Lunatic asylums Central Provinces reports 1874-1885 - 1874-1885
Year: 1874
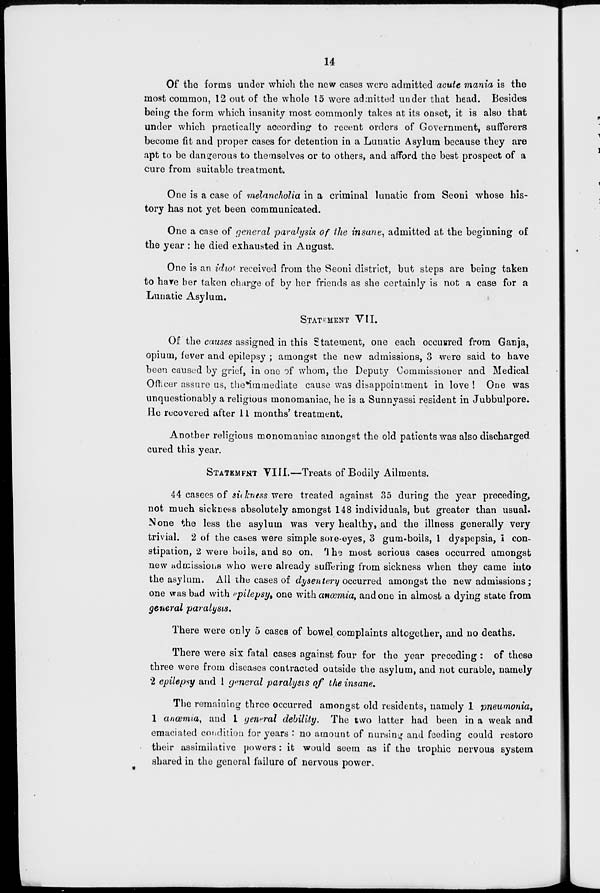
14
Of the forms under which the new cases were admitted acute mania is the
most common, 12 out of the whole 15 were admitted under that head. Besides
being the form which insanity most commonly takes at its onset, it is also that
under which practically according to recent orders of Government, sufferers
become fit and proper cases for detention in a Lunatic Asylum because they are
apt to be dangerous to themselves or to others, and afford the best prospect of a
cure from suitable treatment.
One is a case of melancholia in a criminal lunatic from Seoni whose his-
tory has not yet been communicated.
One a case of general paralysis of the insane, admitted at the beginning of
the year : he died exhausted in August.
One is an idiot received from the Seoni district, but steps are being taken
to have ber taken charge of by her friends as she certainly is not a case for a
Lunatic Asylum.
STATEMENT VII.
Of the causes assigned in this Statement, one each occurred from Ganja,
opium, fever and epilepsy ; amongst the new admissions, 3 were said to have
been caused by grief, in one of whom, the Deputy Commissioner and Medical
Officer assure us, the immediate cause was disappointment in love ! One was
unquestionably a religious monomaniac, he is a Sunnyassi resident in Jubbulpore.
He recovered after 11 months' treatment.
Another religious monomaniac amongst the old patients was also discharged
cured this year.
STATEMENT VIII.—Treats of Bodily Ailments.
44 casees of sickness were treated against 35 during the year preceding,
not much sickness absolutely amongst 148 individuals, but greater than usual.
None the less the asylum was very healthy, and the illness generally very
trivial. 2 of the cases were simple sore-eyes, 3 gum-boils, 1 dyspepsia, 1 con-
stipation, 2 were boils, and so on. The most serious cases occurred amongst
new admissions who were already suffering from sickness when they came into
the asylum. All the cases of dysentery occurred amongst the new admissions;
one was bad with epilepsy, one with anœmia, and one in almost a dying state from
general paralysis.
There were only 5 cases of bowel complaints altogether, and no deaths.
There were six fatal cases against four for the year preceding : of these
three were from diseases contracted outside the asylum, and not curable, namely
2 epilepsy and I general paralysis of the insane.
The remaining three occurred amongst old residents, namely 1 pneumonia,
1 anœmia, and 1 general debility. The two latter had been in a weak and
emaciated condition for years : no amount of nursing and feeding could restore
their assimilative powers : it would seem as if the trophic nervous system
shared in the general failure of nervous power.